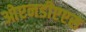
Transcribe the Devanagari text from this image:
ओएनडीएएस